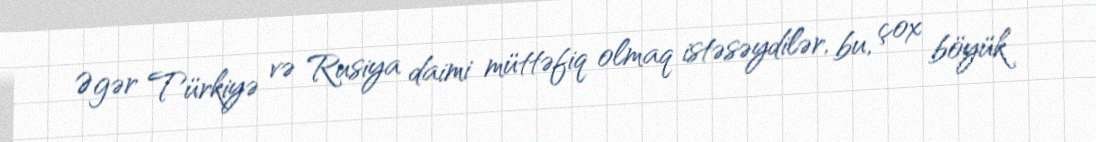
Əgər Türkiyə və Rusiya daimi müttəfiq olmaq istəsəydilər, bu, çox böyük